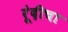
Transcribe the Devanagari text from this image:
रूंदीचा